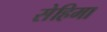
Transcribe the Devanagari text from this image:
सेहिमा